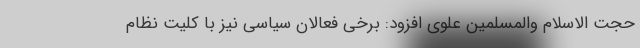
حجت الاسلام والمسلمین علوی افزود: برخی فعالان سیاسی نیز با کلیت نظام